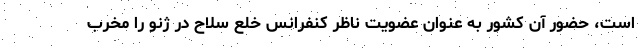
است، حضور آن کشور به عنوان عضویت ناظر کنفرانس خلع سلاح در ژنو را مخرب